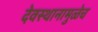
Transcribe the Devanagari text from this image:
देवस्थानामुळेच